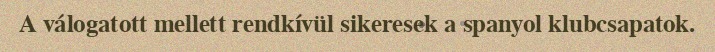
A válogatott mellett rendkívül sikeresek a spanyol klubcsapatok.